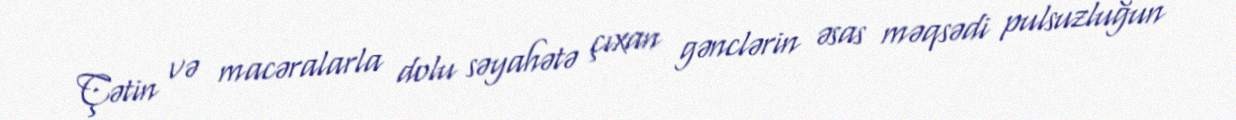
Çətin və macəralarla dolu səyahətə çıxan gənclərin əsas məqsədi pulsuzluğun